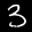
Label: 3